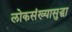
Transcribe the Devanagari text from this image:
लोकसंख्यासुद्धा